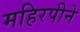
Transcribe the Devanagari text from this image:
महिरपीने